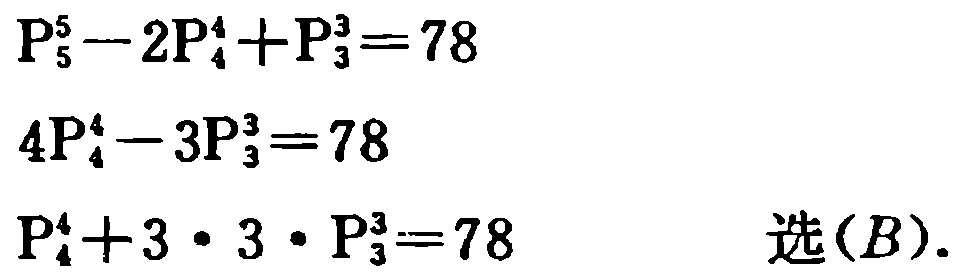
\[
\begin{align*}
\mathrm{P}_{5}^{5}-2\mathrm{P}_{4}^{4}+\mathrm{P}_{3}^{3}&=78\\
4\mathrm{P}_{4}^{4}-3\mathrm{P}_{3}^{3}&=78\\
\mathrm{P}_{4}^{4}+3\cdot3\cdot\mathrm{P}_{3}^{3}&=78 \quad \text{选}(B).
\end{align*}
\]